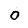
Character: O